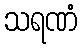
သရဏံ